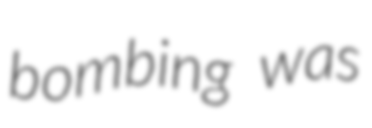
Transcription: bombing was